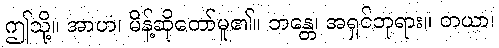
ဤသို့။ အာဟ၊ မိန့်ဆိုတော်မူ၏။ ဘန္တေ၊ အရှင်ဘုရား။ တယာ၊